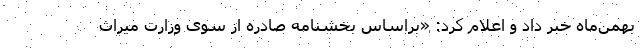
بهمن‌ماه خبر داد و اعلام کرد: «براساس بخشنامه صادره از سوی وزارت میراث